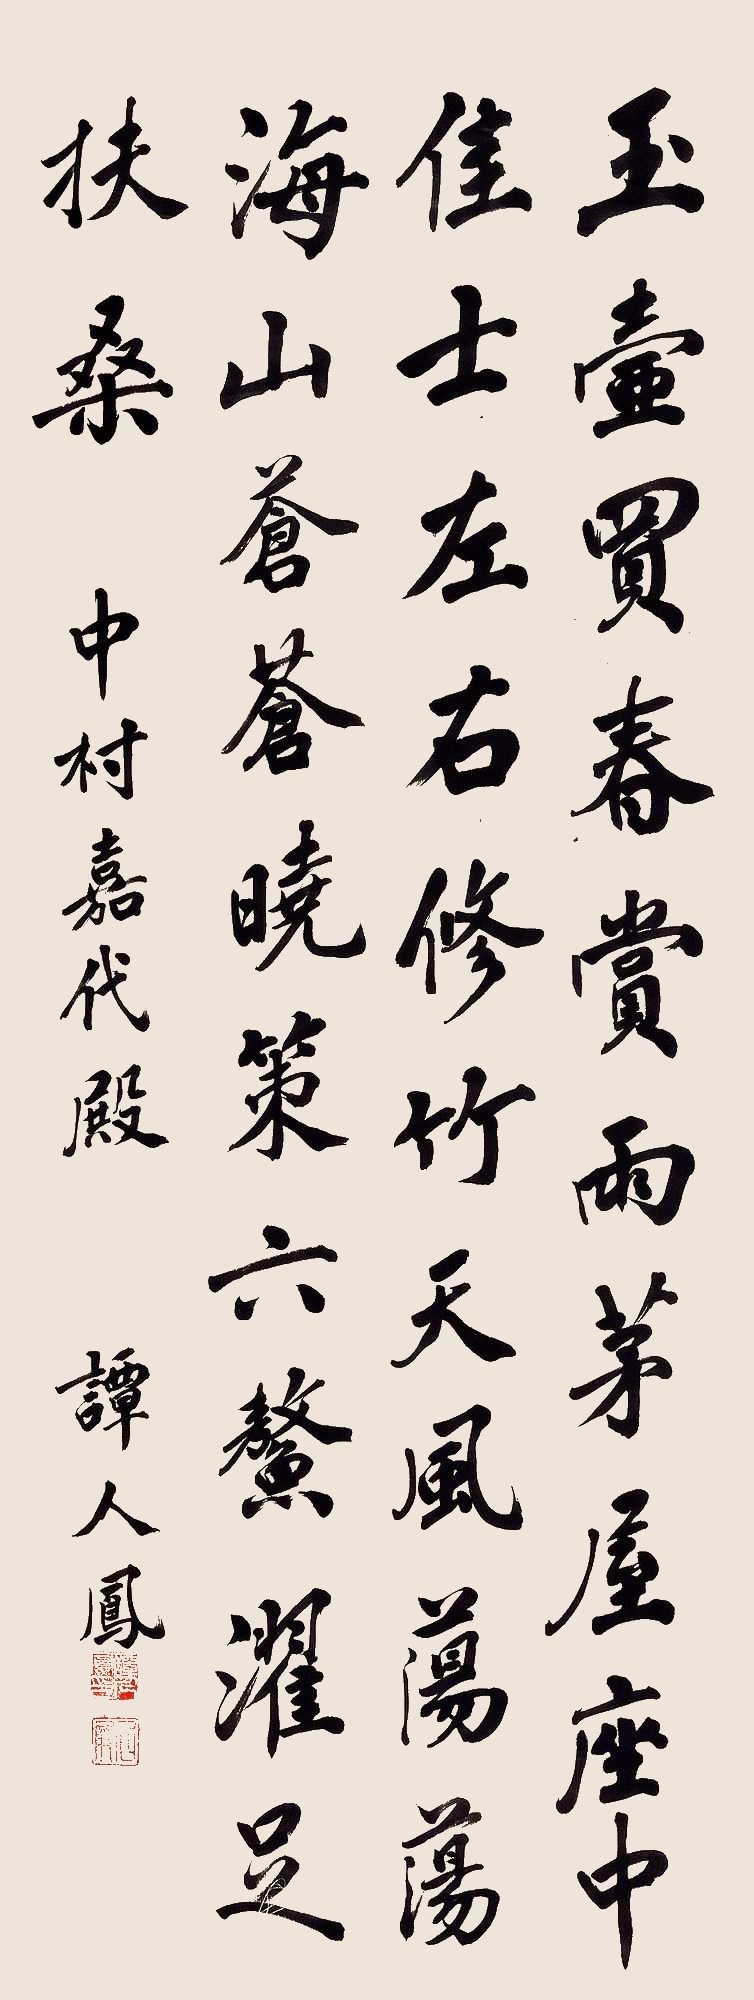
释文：玉壶买春，赏雨茅屋。座中佳士，左右修竹。天风荡荡，海山苍苍。晓策六鳌，濯足扶桑。中村嘉代殿，谭人凤。